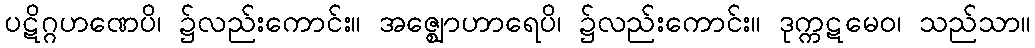
ပဋိဂ္ဂဟဏေပိ၊ ၌လည်းကောင်း။ အဇ္ဈောဟာရေပိ၊ ၌လည်းကောင်း။ ဒုက္ကဋမေဝ၊ သည်သာ။